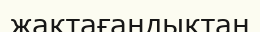
жақтағандықтан